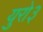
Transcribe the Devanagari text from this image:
युरो३